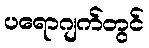
ပရောဂျက်တွင်